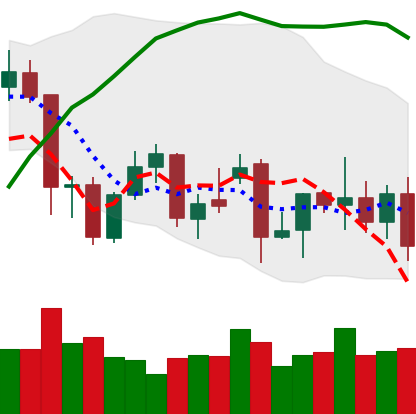
Ticker: XMR-USD
Chart end date: 2021-12-03
Forward return: -6.201%
Label: down_5_7